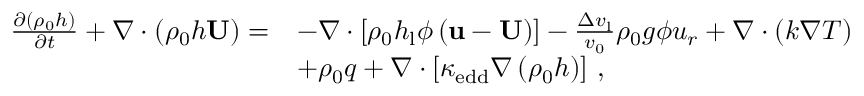
\begin{array} { r l } { \frac { \partial \left( \rho _ { \mathrm { 0 } } h \right) } { \partial t } + \nabla \cdot \left( \rho _ { \mathrm { 0 } } h \mathbf { U } \right) = } & { - \nabla \cdot \left[ \rho _ { \mathrm { 0 } } h _ { \mathrm { l } } \phi \left( \mathbf { u } - \mathbf { U } \right) \right] - \frac { \Delta v _ { \mathrm { l } } } { v _ { \mathrm { 0 } } } \rho _ { \mathrm { 0 } } { g } \phi { u _ { r } } + \nabla \cdot \left( k \nabla T \right) } \\ & { + \rho _ { \mathrm { 0 } } q + \nabla \cdot \left[ \kappa _ { \mathrm { e d d } } \nabla \left( \rho _ { \mathrm { 0 } } h \right) \right] \, , } \end{array}